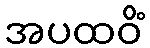
အပထဝိံ